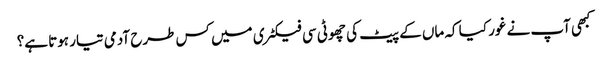
کبھی آپ نے غور کیا کہ ماں کے پیٹ کی چھوٹی سی فیکٹری میں کس طرح آدمی تیار ہوتا ہے؟